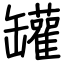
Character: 罐